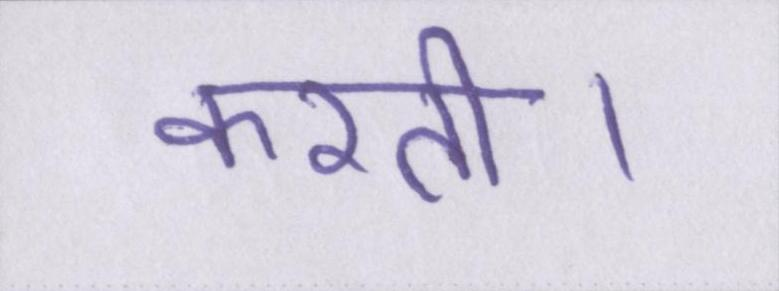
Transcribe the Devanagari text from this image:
करती।